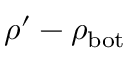
\rho ^ { \prime } - \rho _ { \mathrm { b o t } }